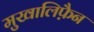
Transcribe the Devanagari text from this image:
मुखालिफ़ैन